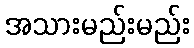
အသားမည်းမည်း